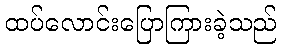
ထပ်လောင်းပြောကြားခဲ့သည်